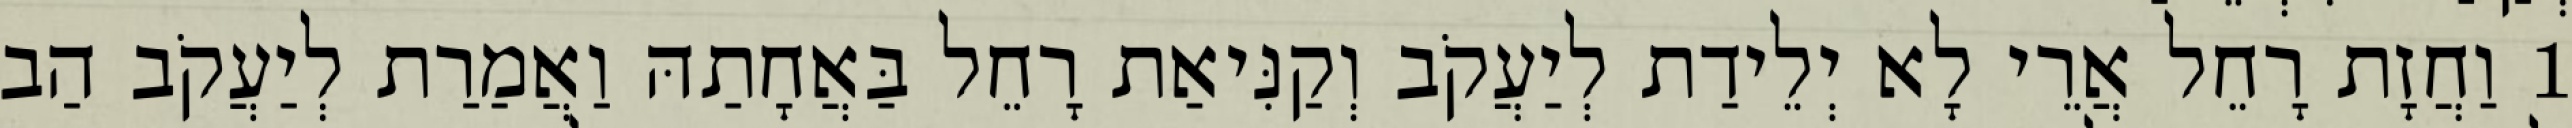
1 וַחֲזָת רָחֵל אֲרֵי לָא יְלֵידַת לְיַעֲקֹב וְקַנִּיאַת רָחֵל בַּאֲחָתַהּ וַאֲמַרַת לְיַעֲקֹב הַב